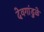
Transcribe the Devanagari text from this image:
देवगांडुळे